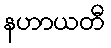
နဟာယတီ